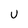
Character: U